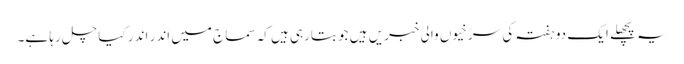
یہ پچھلے ایک دو ہفتہ کی سرخیوں والی خبریں ہیں جو بتارہی ہیں کہ سماج میں اندر اندر کیا چل رہا ہے۔